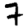
Digit: 7